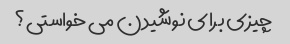
چیزی برای نوشیدن می خواستی؟